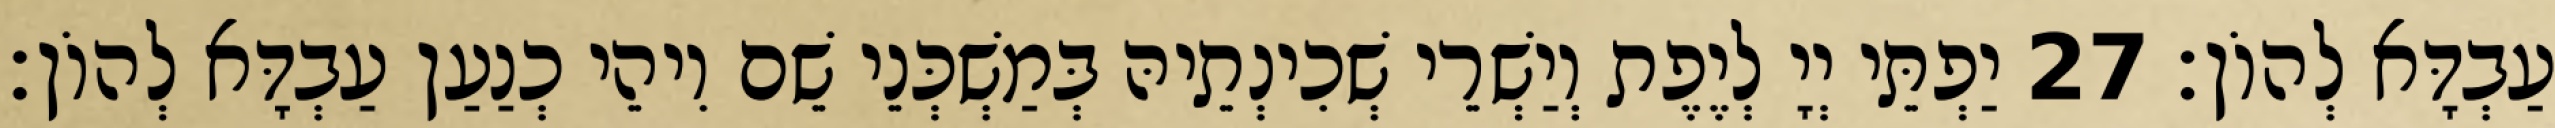
עַבְדָּא לְהוֹן׃ 27 יַפְתֵּי יְיָ לְיֶפֶת וְיַשְׁרֵי שְׁכִינְתֵיהּ בְּמַשְׁכְּנֵי שֵׁם וִיהֵי כְנַעַן עַבְדָּא לְהוֹן׃